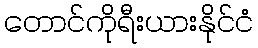
တောင်ကိုရီးယားနိုင်ငံ